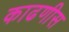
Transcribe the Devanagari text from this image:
काढणीस